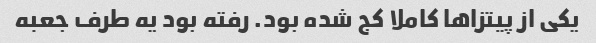
یکی از پیتزاها کاملا کج شده بود. رفته بود یه طرف جعبه